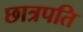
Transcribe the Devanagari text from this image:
छात्रपति